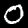
Label: 0